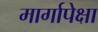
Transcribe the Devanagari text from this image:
मार्गापेक्षा